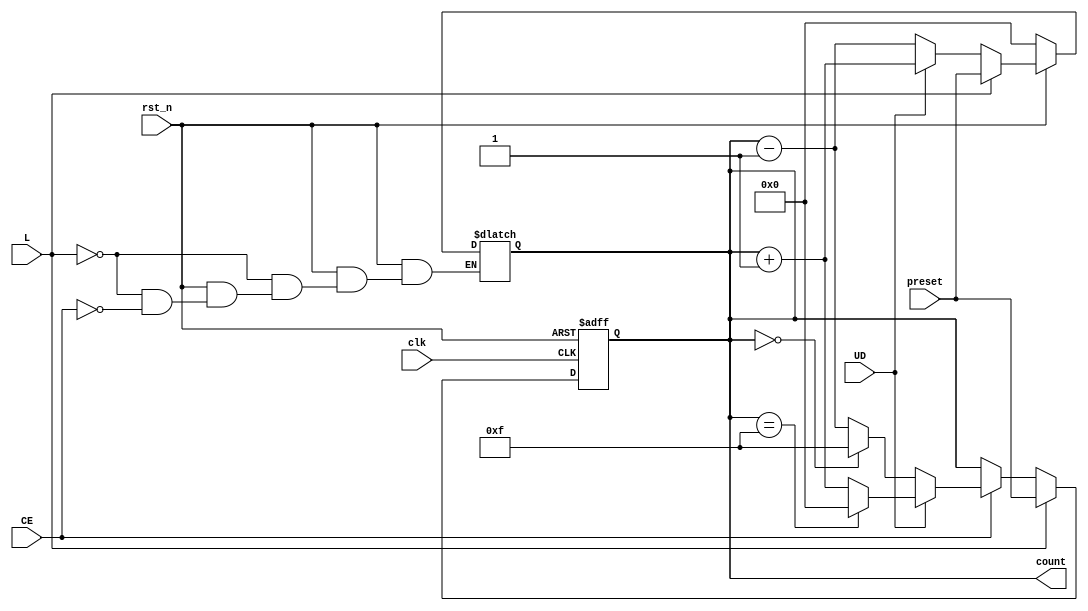
module AsyncLoadCounter (
    input wire clk,          // Clock signal
    input wire rst_n,       // Asynchronous reset (active low)
    input wire L,           // Load signal (active high)
    input wire CE,          // Count Enable signal (active high)
    input wire UD,          // Up/Down control signal
    input wire [3:0] preset,// 4-bit preset value
    output reg [3:0] count  // 4-bit counter output
);

    // Asynchronous reset logic
    always @(*) begin
        if (!rst_n) begin
            count = 4'b0000; // Reset counter to 0
        end else if (L) begin
            count = preset;   // Load preset value
        end else if (CE) begin
            if (UD) begin
                count = count + 1; // Counting up
            end else begin
                count = count - 1; // Counting down
            end
        end
    end

    // Handle wrap-around conditions
    always @(posedge clk or negedge rst_n) begin
        if (!rst_n) begin
            count <= 4'b0000; // Reset counter to 0
        end else if (L) begin
            count <= preset;   // Load preset value
        end else if (CE) begin
            if (UD) begin
                if (count == 4'b1111) begin
                    count <= 4'b0000; // Wrap around to 0
                end else begin
                    count <= count + 1; // Counting up
                end
            end else begin
                if (count == 4'b0000) begin
                    count <= 4'b1111; // Wrap around to max value
                end else begin
                    count <= count - 1; // Counting down
                end
            end
        end
    end

endmodule